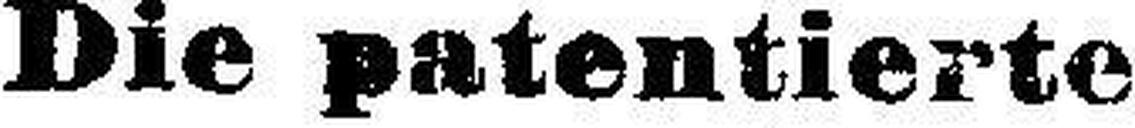
Die patentierte